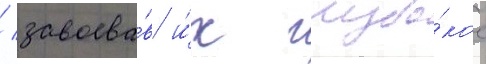
/ завоева́в и́х глубо́кое